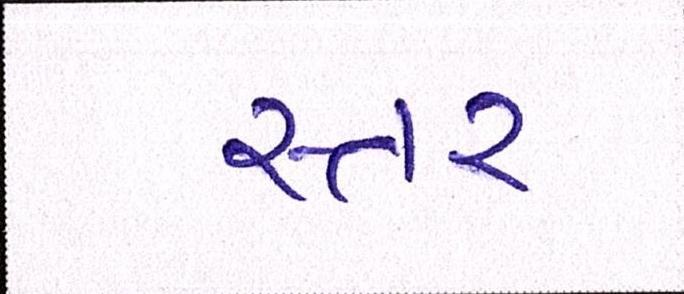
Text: સ્તર